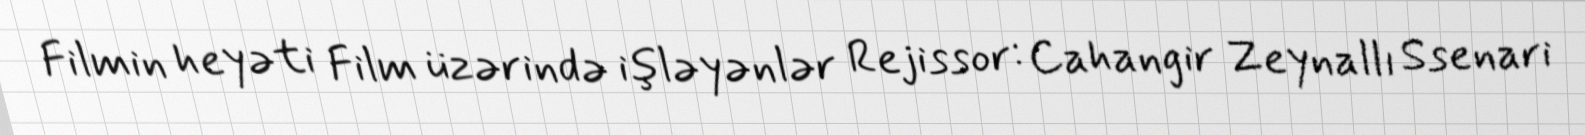
Filmin heyəti Film üzərində işləyənlər Rejissor: Cahangir Zeynallı Ssenari